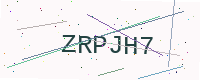
Text: ZRPJH7